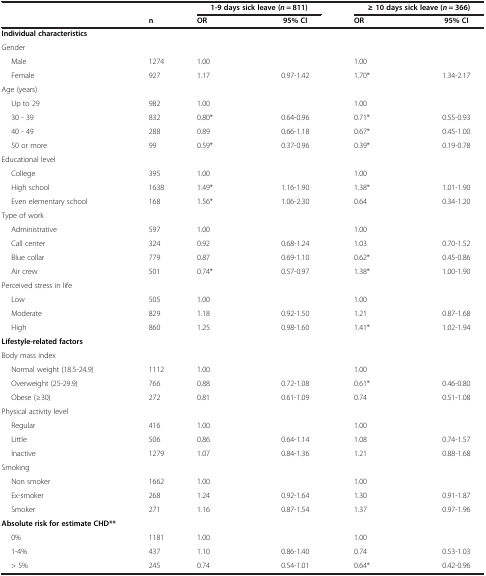
<table><thead><tr><td rowspan="2"><b> </b></td><td><b> </b></td><td colspan="2"><b>1-9 days sick leave (<i>n</i> = 811)</b></td><td colspan="2"><b>≥ 10 days sick leave (<i>n</i> = 366)</b></td></tr><tr><td><b>n</b></td><td><b>OR</b></td><td><b>95% CI</b></td><td><b>OR</b></td><td><b>95% CI</b></td></tr></thead><tbody><tr><td><b>Individual characteristics</b></td><td> </td><td> </td><td> </td><td> </td><td> </td></tr><tr><td>Gender</td><td> </td><td> </td><td> </td><td> </td><td> </td></tr><tr><td>Male</td><td>1274</td><td>1.00</td><td> </td><td>1.00</td><td> </td></tr><tr><td>Female</td><td>927</td><td>1.17</td><td>0.97-1.42</td><td>1.70*</td><td>1.34-2.17</td></tr><tr><td>Age (years)</td><td> </td><td> </td><td> </td><td> </td><td> </td></tr><tr><td>Up to 29</td><td>982</td><td>1.00</td><td> </td><td>1.00</td><td> </td></tr><tr><td>30 - 39</td><td>832</td><td>0.80*</td><td>0.64-0.96</td><td>0.71*</td><td>0.55-0.93</td></tr><tr><td>40 - 49</td><td>288</td><td>0.89</td><td>0.66-1.18</td><td>0.67*</td><td>0.45-1.00</td></tr><tr><td>50 or more</td><td>99</td><td>0.59*</td><td>0.37-0.96</td><td>0.39*</td><td>0.19-0.78</td></tr><tr><td>Educational level</td><td> </td><td> </td><td> </td><td> </td><td> </td></tr><tr><td>College</td><td>395</td><td>1.00</td><td> </td><td>1.00</td><td> </td></tr><tr><td>High school</td><td>1638</td><td>1.49*</td><td>1.16-1.90</td><td>1.38*</td><td>1.01-1.90</td></tr><tr><td>Even elementary school</td><td>168</td><td>1.56*</td><td>1.06-2.30</td><td>0.64</td><td>0.34-1.20</td></tr><tr><td>Type of work</td><td> </td><td> </td><td> </td><td> </td><td> </td></tr><tr><td>Administrative</td><td>597</td><td>1.00</td><td> </td><td>1.00</td><td> </td></tr><tr><td>Call center</td><td>324</td><td>0.92</td><td>0.68-1.24</td><td>1.03</td><td>0.70-1.52</td></tr><tr><td>Blue collar</td><td>779</td><td>0.87</td><td>0.69-1.10</td><td>0.62*</td><td>0.45-0.86</td></tr><tr><td>Air crew</td><td>501</td><td>0.74*</td><td>0.57-0.97</td><td>1.38*</td><td>1.00-1.90</td></tr><tr><td>Perceived stress in life</td><td> </td><td> </td><td> </td><td> </td><td> </td></tr><tr><td>Low</td><td>505</td><td>1.00</td><td> </td><td>1.00</td><td> </td></tr><tr><td>Moderate</td><td>829</td><td>1.18</td><td>0.92-1.50</td><td>1.21</td><td>0.87-1.68</td></tr><tr><td>High</td><td>860</td><td>1.25</td><td>0.98-1.60</td><td>1.41*</td><td>1.02-1.94</td></tr><tr><td><b>Lifestyle-related factors</b></td><td> </td><td> </td><td> </td><td> </td><td> </td></tr><tr><td>Body mass index</td><td> </td><td> </td><td> </td><td> </td><td> </td></tr><tr><td>Normal weight (18.5-24.9)</td><td>1112</td><td>1.00</td><td> </td><td>1.00</td><td> </td></tr><tr><td>Overweight (25-29.9)</td><td>766</td><td>0.88</td><td>0.72-1.08</td><td>0.61*</td><td>0.46-0.80</td></tr><tr><td>Obese (≥30)</td><td>272</td><td>0.81</td><td>0.61-1.09</td><td>0.74</td><td>0.51-1.08</td></tr><tr><td>Physical activity level</td><td> </td><td> </td><td> </td><td> </td><td> </td></tr><tr><td>Regular</td><td>416</td><td>1.00</td><td> </td><td>1.00</td><td> </td></tr><tr><td>Little</td><td>506</td><td>0.86</td><td>0.64-1.14</td><td>1.08</td><td>0.74-1.57</td></tr><tr><td>Inactive</td><td>1279</td><td>1.07</td><td>0.84-1.36</td><td>1.21</td><td>0.88-1.68</td></tr><tr><td>Smoking</td><td> </td><td> </td><td> </td><td> </td><td> </td></tr><tr><td>Non smoker</td><td>1662</td><td>1.00</td><td> </td><td>1.00</td><td> </td></tr><tr><td>Ex-smoker</td><td>268</td><td>1.24</td><td>0.92-1.64</td><td>1.30</td><td>0.91-1.87</td></tr><tr><td>Smoker</td><td>271</td><td>1.16</td><td>0.87-1.54</td><td>1.37</td><td>0.97-1.96</td></tr><tr><td><b>Absolute risk for estimate CHD**</b></td><td> </td><td> </td><td> </td><td> </td><td> </td></tr><tr><td>0%</td><td>1181</td><td>1.00</td><td> </td><td>1.00</td><td> </td></tr><tr><td>1-4%</td><td>437</td><td>1.10</td><td>0.86-1.40</td><td>0.74</td><td>0.53-1.03</td></tr><tr><td>&gt; 5%</td><td>245</td><td>0.74</td><td>0.54-1.01</td><td>0.64*</td><td>0.42-0.96</td></tr></tbody></table>